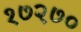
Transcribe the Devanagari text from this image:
१७२७०